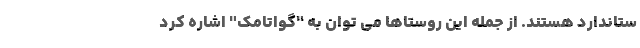
ستاندارد هستند. از جمله این روستاها می توان به "گواتامک" اشاره کرد